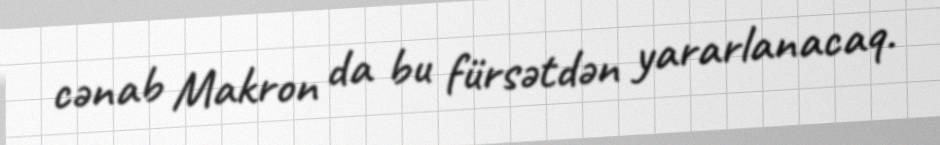
cənab Makron da bu fürsətdən yararlanacaq.